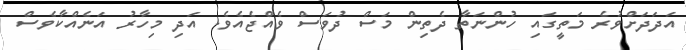
އަދަދަށްވުރެ މަތީގައި ހުންނަތާ ދެތިން މަސް ދުވަސް ވެއްޖެއެވެ. އަދި މިހާރު އަނެއްކާވެސް